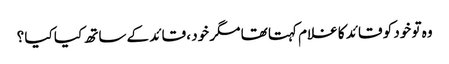
وہ تو خود کو قائد کا غلام کہتا تھا مگر خود ، قائد کے ساتھ کیا کیا ؟